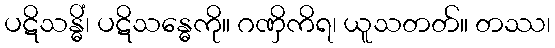
ပဋိသန္ဓိံ၊ ပဋိသန္ဓေကို။ ဂဏှိကိရ၊ ယူသတတ်။ တဿ၊